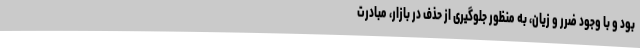
بود و با وجود ضرر و زیان، به منظور جلوگیری از حذف در بازار، مبادرت